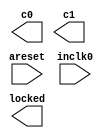
// megafunction wizard: %ALTPLL%VBB%
// GENERATION: STANDARD
// VERSION: WM1.0
// MODULE: altpll 

// ============================================================
// Megafunction Name(s):
// 			altpll
//
// Simulation Library Files(s):
// 			altera_mf
// ============================================================
// ************************************************************
// THIS IS A WIZARD-GENERATED FILE. DO NOT EDIT THIS FILE!
//
// 16.1.0 Build 196 10/24/2016 SJ Lite Edition
// ************************************************************

//Copyright (C) 2016  Intel Corporation. All rights reserved.
//Your use of Intel Corporation's design tools, logic functions 
//and other software and tools, and its AMPP partner logic 
//functions, and any output files from any of the foregoing 
//(including device programming or simulation files), and any 
//associated documentation or information are expressly subject 
//to the terms and conditions of the Intel Program License 
//Subscription Agreement, the Intel Quartus Prime License Agreement,
//the Intel MegaCore Function License Agreement, or other 
//applicable license agreement, including, without limitation, 
//that your use is for the sole purpose of programming logic 
//devices manufactured by Intel and sold by Intel or its 
//authorized distributors.  Please refer to the applicable 
//agreement for further details.

module AtariClockGenerator (
	areset,
	inclk0,
	c0,
	c1,
	locked);

	input	  areset;
	input	  inclk0;
	output	  c0;
	output	  c1;
	output	  locked;
`ifndef ALTERA_RESERVED_QIS
// synopsys translate_off
`endif
	tri0	  areset;
`ifndef ALTERA_RESERVED_QIS
// synopsys translate_on
`endif

endmodule

// ============================================================
// CNX file retrieval info
// ============================================================
// Retrieval info: PRIVATE: ACTIVECLK_CHECK STRING "0"
// Retrieval info: PRIVATE: BANDWIDTH STRING "1.000"
// Retrieval info: PRIVATE: BANDWIDTH_FEATURE_ENABLED STRING "1"
// Retrieval info: PRIVATE: BANDWIDTH_FREQ_UNIT STRING "MHz"
// Retrieval info: PRIVATE: BANDWIDTH_PRESET STRING "Low"
// Retrieval info: PRIVATE: BANDWIDTH_USE_AUTO STRING "1"
// Retrieval info: PRIVATE: BANDWIDTH_USE_PRESET STRING "0"
// Retrieval info: PRIVATE: CLKBAD_SWITCHOVER_CHECK STRING "0"
// Retrieval info: PRIVATE: CLKLOSS_CHECK STRING "0"
// Retrieval info: PRIVATE: CLKSWITCH_CHECK STRING "0"
// Retrieval info: PRIVATE: CNX_NO_COMPENSATE_RADIO STRING "0"
// Retrieval info: PRIVATE: CREATE_CLKBAD_CHECK STRING "0"
// Retrieval info: PRIVATE: CREATE_INCLK1_CHECK STRING "0"
// Retrieval info: PRIVATE: CUR_DEDICATED_CLK STRING "c0"
// Retrieval info: PRIVATE: CUR_FBIN_CLK STRING "c0"
// Retrieval info: PRIVATE: DEVICE_SPEED_GRADE STRING "Any"
// Retrieval info: PRIVATE: DIV_FACTOR0 NUMERIC "419"
// Retrieval info: PRIVATE: DIV_FACTOR1 NUMERIC "1"
// Retrieval info: PRIVATE: DUTY_CYCLE0 STRING "50.00000000"
// Retrieval info: PRIVATE: DUTY_CYCLE1 STRING "50.00000000"
// Retrieval info: PRIVATE: EFF_OUTPUT_FREQ_VALUE0 STRING "57.285000"
// Retrieval info: PRIVATE: EFF_OUTPUT_FREQ_VALUE1 STRING "19.125000"
// Retrieval info: PRIVATE: EXPLICIT_SWITCHOVER_COUNTER STRING "0"
// Retrieval info: PRIVATE: EXT_FEEDBACK_RADIO STRING "0"
// Retrieval info: PRIVATE: GLOCKED_COUNTER_EDIT_CHANGED STRING "1"
// Retrieval info: PRIVATE: GLOCKED_FEATURE_ENABLED STRING "0"
// Retrieval info: PRIVATE: GLOCKED_MODE_CHECK STRING "0"
// Retrieval info: PRIVATE: GLOCK_COUNTER_EDIT NUMERIC "1048575"
// Retrieval info: PRIVATE: HAS_MANUAL_SWITCHOVER STRING "1"
// Retrieval info: PRIVATE: INCLK0_FREQ_EDIT STRING "50.000"
// Retrieval info: PRIVATE: INCLK0_FREQ_UNIT_COMBO STRING "MHz"
// Retrieval info: PRIVATE: INCLK1_FREQ_EDIT STRING "100.000"
// Retrieval info: PRIVATE: INCLK1_FREQ_EDIT_CHANGED STRING "1"
// Retrieval info: PRIVATE: INCLK1_FREQ_UNIT_CHANGED STRING "1"
// Retrieval info: PRIVATE: INCLK1_FREQ_UNIT_COMBO STRING "MHz"
// Retrieval info: PRIVATE: INTENDED_DEVICE_FAMILY STRING "MAX 10"
// Retrieval info: PRIVATE: INT_FEEDBACK__MODE_RADIO STRING "1"
// Retrieval info: PRIVATE: LOCKED_OUTPUT_CHECK STRING "1"
// Retrieval info: PRIVATE: LONG_SCAN_RADIO STRING "1"
// Retrieval info: PRIVATE: LVDS_MODE_DATA_RATE STRING "Not Available"
// Retrieval info: PRIVATE: LVDS_MODE_DATA_RATE_DIRTY NUMERIC "0"
// Retrieval info: PRIVATE: LVDS_PHASE_SHIFT_UNIT0 STRING "deg"
// Retrieval info: PRIVATE: LVDS_PHASE_SHIFT_UNIT1 STRING "deg"
// Retrieval info: PRIVATE: MIG_DEVICE_SPEED_GRADE STRING "Any"
// Retrieval info: PRIVATE: MIRROR_CLK0 STRING "0"
// Retrieval info: PRIVATE: MIRROR_CLK1 STRING "0"
// Retrieval info: PRIVATE: MULT_FACTOR0 NUMERIC "30"
// Retrieval info: PRIVATE: MULT_FACTOR1 NUMERIC "1"
// Retrieval info: PRIVATE: NORMAL_MODE_RADIO STRING "1"
// Retrieval info: PRIVATE: OUTPUT_FREQ0 STRING "57.28500000"
// Retrieval info: PRIVATE: OUTPUT_FREQ1 STRING "19.12500000"
// Retrieval info: PRIVATE: OUTPUT_FREQ_MODE0 STRING "1"
// Retrieval info: PRIVATE: OUTPUT_FREQ_MODE1 STRING "1"
// Retrieval info: PRIVATE: OUTPUT_FREQ_UNIT0 STRING "MHz"
// Retrieval info: PRIVATE: OUTPUT_FREQ_UNIT1 STRING "MHz"
// Retrieval info: PRIVATE: PHASE_RECONFIG_FEATURE_ENABLED STRING "1"
// Retrieval info: PRIVATE: PHASE_RECONFIG_INPUTS_CHECK STRING "0"
// Retrieval info: PRIVATE: PHASE_SHIFT0 STRING "0.00000000"
// Retrieval info: PRIVATE: PHASE_SHIFT1 STRING "0.00000000"
// Retrieval info: PRIVATE: PHASE_SHIFT_STEP_ENABLED_CHECK STRING "0"
// Retrieval info: PRIVATE: PHASE_SHIFT_UNIT0 STRING "deg"
// Retrieval info: PRIVATE: PHASE_SHIFT_UNIT1 STRING "deg"
// Retrieval info: PRIVATE: PLL_ADVANCED_PARAM_CHECK STRING "0"
// Retrieval info: PRIVATE: PLL_ARESET_CHECK STRING "1"
// Retrieval info: PRIVATE: PLL_AUTOPLL_CHECK NUMERIC "1"
// Retrieval info: PRIVATE: PLL_ENHPLL_CHECK NUMERIC "0"
// Retrieval info: PRIVATE: PLL_FASTPLL_CHECK NUMERIC "0"
// Retrieval info: PRIVATE: PLL_FBMIMIC_CHECK STRING "0"
// Retrieval info: PRIVATE: PLL_LVDS_PLL_CHECK NUMERIC "0"
// Retrieval info: PRIVATE: PLL_PFDENA_CHECK STRING "0"
// Retrieval info: PRIVATE: PLL_TARGET_HARCOPY_CHECK NUMERIC "0"
// Retrieval info: PRIVATE: PRIMARY_CLK_COMBO STRING "inclk0"
// Retrieval info: PRIVATE: RECONFIG_FILE STRING "AtariClockGenerator.mif"
// Retrieval info: PRIVATE: SACN_INPUTS_CHECK STRING "0"
// Retrieval info: PRIVATE: SCAN_FEATURE_ENABLED STRING "1"
// Retrieval info: PRIVATE: SELF_RESET_LOCK_LOSS STRING "0"
// Retrieval info: PRIVATE: SHORT_SCAN_RADIO STRING "0"
// Retrieval info: PRIVATE: SPREAD_FEATURE_ENABLED STRING "0"
// Retrieval info: PRIVATE: SPREAD_FREQ STRING "50.000"
// Retrieval info: PRIVATE: SPREAD_FREQ_UNIT STRING "KHz"
// Retrieval info: PRIVATE: SPREAD_PERCENT STRING "0.500"
// Retrieval info: PRIVATE: SPREAD_USE STRING "0"
// Retrieval info: PRIVATE: SRC_SYNCH_COMP_RADIO STRING "0"
// Retrieval info: PRIVATE: STICKY_CLK0 STRING "1"
// Retrieval info: PRIVATE: STICKY_CLK1 STRING "1"
// Retrieval info: PRIVATE: STICKY_CLK2 STRING "0"
// Retrieval info: PRIVATE: STICKY_CLK3 STRING "0"
// Retrieval info: PRIVATE: STICKY_CLK4 STRING "0"
// Retrieval info: PRIVATE: SWITCHOVER_COUNT_EDIT NUMERIC "1"
// Retrieval info: PRIVATE: SWITCHOVER_FEATURE_ENABLED STRING "1"
// Retrieval info: PRIVATE: SYNTH_WRAPPER_GEN_POSTFIX STRING "0"
// Retrieval info: PRIVATE: USE_CLK0 STRING "1"
// Retrieval info: PRIVATE: USE_CLK1 STRING "1"
// Retrieval info: PRIVATE: USE_CLKENA0 STRING "0"
// Retrieval info: PRIVATE: USE_CLKENA1 STRING "0"
// Retrieval info: PRIVATE: USE_MIL_SPEED_GRADE NUMERIC "0"
// Retrieval info: PRIVATE: ZERO_DELAY_RADIO STRING "0"
// Retrieval info: LIBRARY: altera_mf altera_mf.altera_mf_components.all
// Retrieval info: CONSTANT: BANDWIDTH_TYPE STRING "AUTO"
// Retrieval info: CONSTANT: CLK0_DIVIDE_BY NUMERIC "10000"
// Retrieval info: CONSTANT: CLK0_DUTY_CYCLE NUMERIC "50"
// Retrieval info: CONSTANT: CLK0_MULTIPLY_BY NUMERIC "11457"
// Retrieval info: CONSTANT: CLK0_PHASE_SHIFT STRING "0"
// Retrieval info: CONSTANT: CLK1_DIVIDE_BY NUMERIC "400"
// Retrieval info: CONSTANT: CLK1_DUTY_CYCLE NUMERIC "50"
// Retrieval info: CONSTANT: CLK1_MULTIPLY_BY NUMERIC "153"
// Retrieval info: CONSTANT: CLK1_PHASE_SHIFT STRING "0"
// Retrieval info: CONSTANT: COMPENSATE_CLOCK STRING "CLK0"
// Retrieval info: CONSTANT: INCLK0_INPUT_FREQUENCY NUMERIC "20000"
// Retrieval info: CONSTANT: INTENDED_DEVICE_FAMILY STRING "MAX 10"
// Retrieval info: CONSTANT: LPM_TYPE STRING "altpll"
// Retrieval info: CONSTANT: OPERATION_MODE STRING "NORMAL"
// Retrieval info: CONSTANT: PLL_TYPE STRING "AUTO"
// Retrieval info: CONSTANT: PORT_ACTIVECLOCK STRING "PORT_UNUSED"
// Retrieval info: CONSTANT: PORT_ARESET STRING "PORT_USED"
// Retrieval info: CONSTANT: PORT_CLKBAD0 STRING "PORT_UNUSED"
// Retrieval info: CONSTANT: PORT_CLKBAD1 STRING "PORT_UNUSED"
// Retrieval info: CONSTANT: PORT_CLKLOSS STRING "PORT_UNUSED"
// Retrieval info: CONSTANT: PORT_CLKSWITCH STRING "PORT_UNUSED"
// Retrieval info: CONSTANT: PORT_CONFIGUPDATE STRING "PORT_UNUSED"
// Retrieval info: CONSTANT: PORT_FBIN STRING "PORT_UNUSED"
// Retrieval info: CONSTANT: PORT_INCLK0 STRING "PORT_USED"
// Retrieval info: CONSTANT: PORT_INCLK1 STRING "PORT_UNUSED"
// Retrieval info: CONSTANT: PORT_LOCKED STRING "PORT_USED"
// Retrieval info: CONSTANT: PORT_PFDENA STRING "PORT_UNUSED"
// Retrieval info: CONSTANT: PORT_PHASECOUNTERSELECT STRING "PORT_UNUSED"
// Retrieval info: CONSTANT: PORT_PHASEDONE STRING "PORT_UNUSED"
// Retrieval info: CONSTANT: PORT_PHASESTEP STRING "PORT_UNUSED"
// Retrieval info: CONSTANT: PORT_PHASEUPDOWN STRING "PORT_UNUSED"
// Retrieval info: CONSTANT: PORT_PLLENA STRING "PORT_UNUSED"
// Retrieval info: CONSTANT: PORT_SCANACLR STRING "PORT_UNUSED"
// Retrieval info: CONSTANT: PORT_SCANCLK STRING "PORT_UNUSED"
// Retrieval info: CONSTANT: PORT_SCANCLKENA STRING "PORT_UNUSED"
// Retrieval info: CONSTANT: PORT_SCANDATA STRING "PORT_UNUSED"
// Retrieval info: CONSTANT: PORT_SCANDATAOUT STRING "PORT_UNUSED"
// Retrieval info: CONSTANT: PORT_SCANDONE STRING "PORT_UNUSED"
// Retrieval info: CONSTANT: PORT_SCANREAD STRING "PORT_UNUSED"
// Retrieval info: CONSTANT: PORT_SCANWRITE STRING "PORT_UNUSED"
// Retrieval info: CONSTANT: PORT_clk0 STRING "PORT_USED"
// Retrieval info: CONSTANT: PORT_clk1 STRING "PORT_USED"
// Retrieval info: CONSTANT: PORT_clk2 STRING "PORT_UNUSED"
// Retrieval info: CONSTANT: PORT_clk3 STRING "PORT_UNUSED"
// Retrieval info: CONSTANT: PORT_clk4 STRING "PORT_UNUSED"
// Retrieval info: CONSTANT: PORT_clk5 STRING "PORT_UNUSED"
// Retrieval info: CONSTANT: PORT_clkena0 STRING "PORT_UNUSED"
// Retrieval info: CONSTANT: PORT_clkena1 STRING "PORT_UNUSED"
// Retrieval info: CONSTANT: PORT_clkena2 STRING "PORT_UNUSED"
// Retrieval info: CONSTANT: PORT_clkena3 STRING "PORT_UNUSED"
// Retrieval info: CONSTANT: PORT_clkena4 STRING "PORT_UNUSED"
// Retrieval info: CONSTANT: PORT_clkena5 STRING "PORT_UNUSED"
// Retrieval info: CONSTANT: PORT_extclk0 STRING "PORT_UNUSED"
// Retrieval info: CONSTANT: PORT_extclk1 STRING "PORT_UNUSED"
// Retrieval info: CONSTANT: PORT_extclk2 STRING "PORT_UNUSED"
// Retrieval info: CONSTANT: PORT_extclk3 STRING "PORT_UNUSED"
// Retrieval info: CONSTANT: SELF_RESET_ON_LOSS_LOCK STRING "OFF"
// Retrieval info: CONSTANT: WIDTH_CLOCK NUMERIC "5"
// Retrieval info: USED_PORT: @clk 0 0 5 0 OUTPUT_CLK_EXT VCC "@clk[4..0]"
// Retrieval info: USED_PORT: areset 0 0 0 0 INPUT GND "areset"
// Retrieval info: USED_PORT: c0 0 0 0 0 OUTPUT_CLK_EXT VCC "c0"
// Retrieval info: USED_PORT: c1 0 0 0 0 OUTPUT_CLK_EXT VCC "c1"
// Retrieval info: USED_PORT: inclk0 0 0 0 0 INPUT_CLK_EXT GND "inclk0"
// Retrieval info: USED_PORT: locked 0 0 0 0 OUTPUT GND "locked"
// Retrieval info: CONNECT: @areset 0 0 0 0 areset 0 0 0 0
// Retrieval info: CONNECT: @inclk 0 0 1 1 GND 0 0 0 0
// Retrieval info: CONNECT: @inclk 0 0 1 0 inclk0 0 0 0 0
// Retrieval info: CONNECT: c0 0 0 0 0 @clk 0 0 1 0
// Retrieval info: CONNECT: c1 0 0 0 0 @clk 0 0 1 1
// Retrieval info: CONNECT: locked 0 0 0 0 @locked 0 0 0 0
// Retrieval info: GEN_FILE: TYPE_NORMAL AtariClockGenerator.v TRUE
// Retrieval info: GEN_FILE: TYPE_NORMAL AtariClockGenerator.ppf TRUE
// Retrieval info: GEN_FILE: TYPE_NORMAL AtariClockGenerator.inc FALSE
// Retrieval info: GEN_FILE: TYPE_NORMAL AtariClockGenerator.cmp FALSE
// Retrieval info: GEN_FILE: TYPE_NORMAL AtariClockGenerator.bsf FALSE
// Retrieval info: GEN_FILE: TYPE_NORMAL AtariClockGenerator_inst.v FALSE
// Retrieval info: GEN_FILE: TYPE_NORMAL AtariClockGenerator_bb.v TRUE
// Retrieval info: LIB_FILE: altera_mf
// Retrieval info: CBX_MODULE_PREFIX: ON